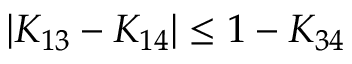
| K _ { 1 3 } - K _ { 1 4 } | \le 1 - K _ { 3 4 }